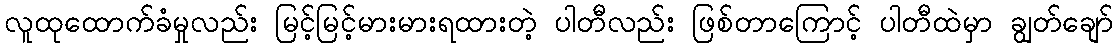
လူထုထောက်ခံမှုလည်း မြင့်မြင့်မားမားရထားတဲ့ ပါတီလည်း ဖြစ်တာကြောင့် ပါတီထဲမှာ ချွတ်ချော်